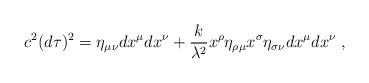
\begin{align*}c^{2}(d\tau)^{2}=\eta_{\mu\nu}dx^{\mu}dx^{\nu}+\frac{k}{\lambda^{2}}x^{\rho} \eta_{\rho\mu}x^{\sigma}\eta_{\sigma\nu}dx^{\mu}dx^{\nu}\;, \end{align*}